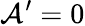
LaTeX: \mathcal{A}^{\prime}=0